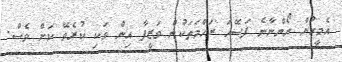
އެމީހުން ނޯންނާނެ ފަސޭހަ ރަހްމަތަކުން ވަޒީފާ އިން ވަކި ކުރެވޭ ކަށް ވެސް.